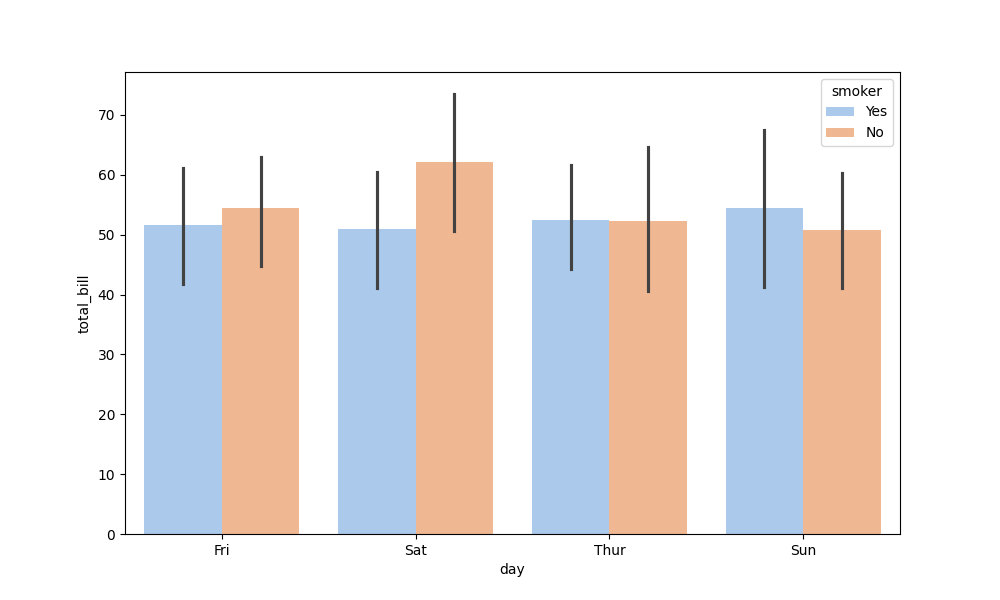
python, seaborn, barplot, hue='smoker', palette='pastel', ci=95, orient='v'